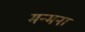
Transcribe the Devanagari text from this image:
मन्मना